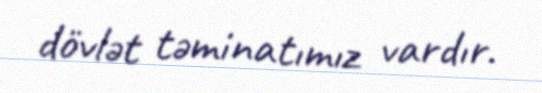
dövlət təminatımız vardır.